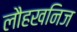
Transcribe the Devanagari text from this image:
लौहखनिज